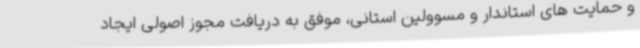
و حمایت های استاندار و مسوولین استانی، موفق به دریافت مجوز اصولی ایجاد